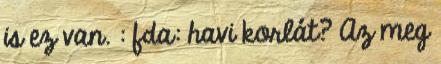
is ez van. : fda: havi korlát? Az meg